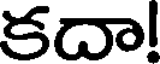
కదా!